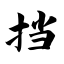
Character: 挡